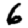
Digit: 6